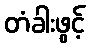
တံခါးဖွင့်